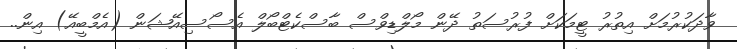
ވާދަކުރުމަށް އިތުރު ޓީމަކަށް ފުރުސަތު ދޭން މޯލްޑިވްސް ބާސްކެޓްބޯލް އެސޯސިއޭޝަން (އެމްބީއޭ) އިން..